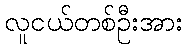
လူငယ်တစ်ဦးအား